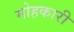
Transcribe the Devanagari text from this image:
मोहकारी